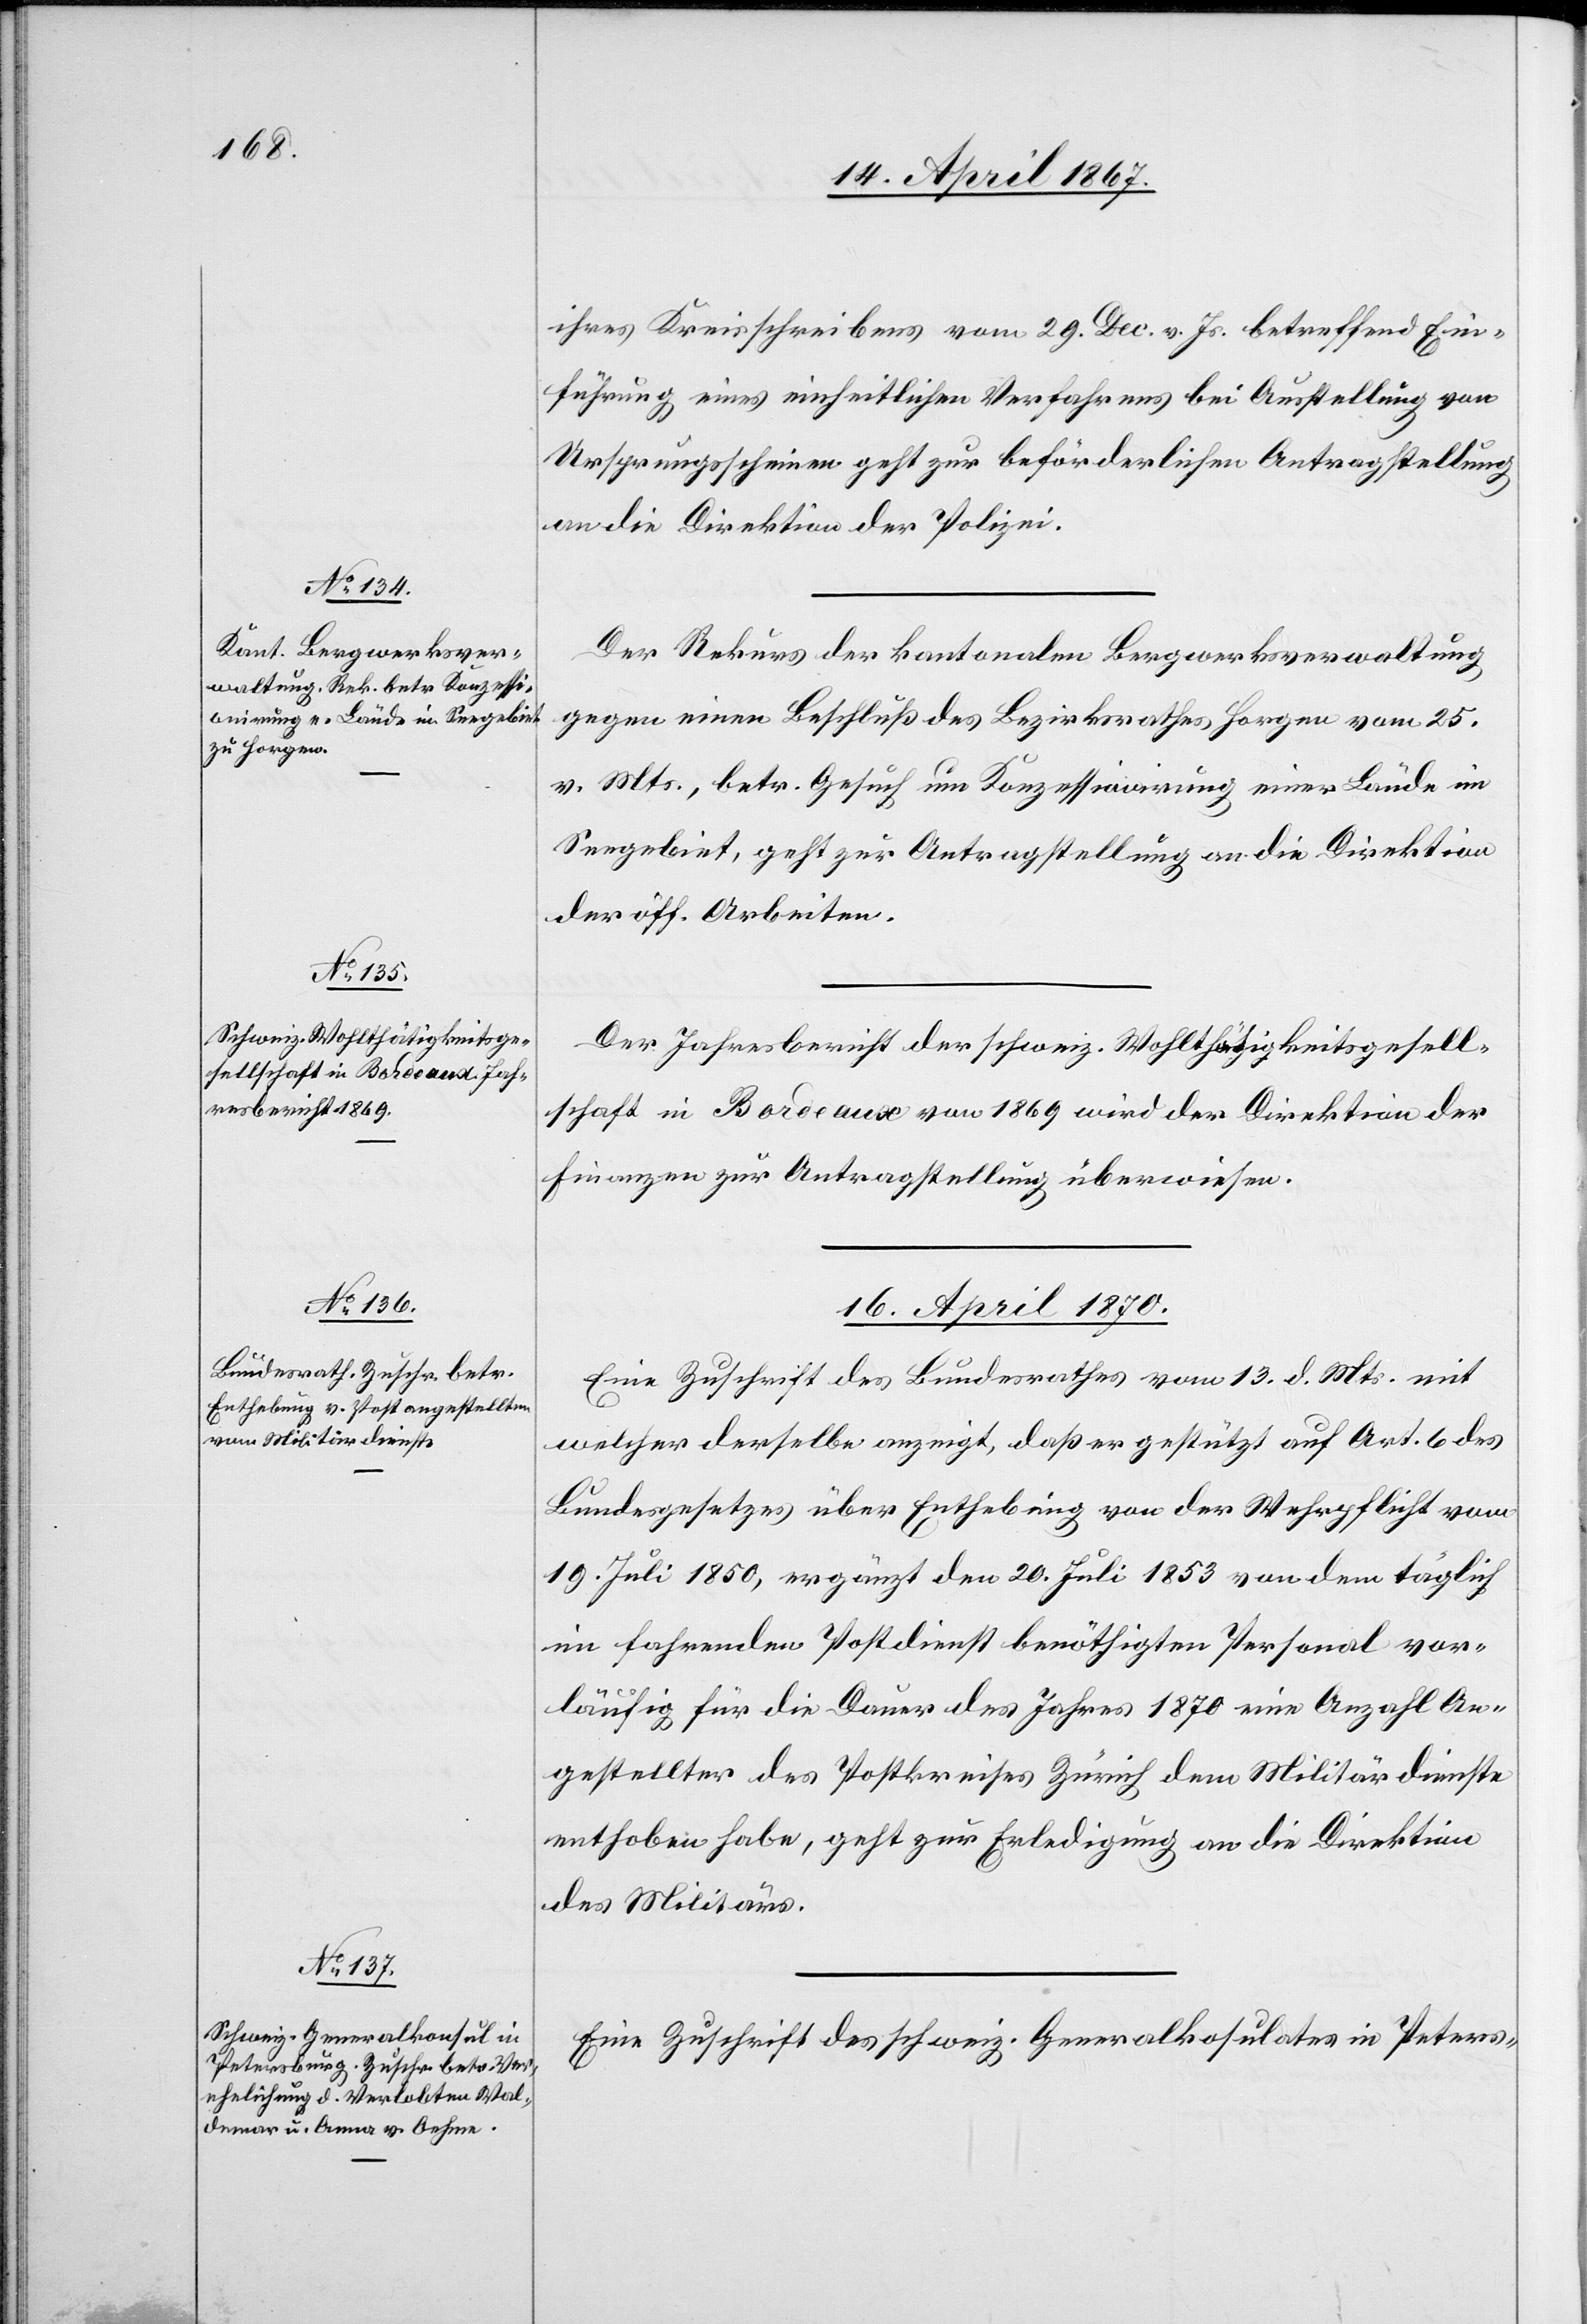
ihres Kreisschreibens vom 29. Dez. v. Js. betreffend Ein¬
führung eines einheitlichen Verfahrens bei Ausstellung von
Ursprungsscheinen geht zur beförderlichen Antragstellung
an die Direktion der Polizei.
Der Rekurs der kantonalen Bergwerksverwaltung
gegen einen Beschluß des Bezirksrathes Horgen vom 25.
v. Mts., betr. Gesuch um Konzessionirung einer Lände im
Seegebiet, geht zur Antragstellung an die Direktion
der öff. Arbeiten.
Der Jahresbericht der schweiz. Wohlthätigkeitsgesell¬
schaft in Bordeaux von 1869 wird der Direktion der
Finanzen zur Antragstellung überwiesen.
16. April 1870.]
Eine Zuschrift des Bundesrathes vom 13. d. Mts. mit
welcher derselbe anzeigt, daß er gestützt auf Art. 6 des
Bundesgesetzes über Enthebung von der Wehrpflicht vom
19. Juli 1850, ergänzt den 20. Juli 1853[,] von dem täglich
im fahrenden Postdienst benöthigten Personal vor¬
läufig für die Dauer des Jahres 1870 eine Anzahl An¬
gestellter des Postkreises Zürich dem Militärdienste
enthoben habe, geht zur Erledigung an die Direktion
des Militärs.
Eine Zuschrift des schweiz. Generalkonsulates in Peters-